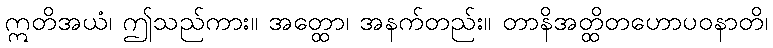
ဣတိအယံ၊ ဤသည်ကား။ အတ္ထော၊ အနက်တည်း။ တာနိအတ္ထိတဟောပဝနာတိ၊